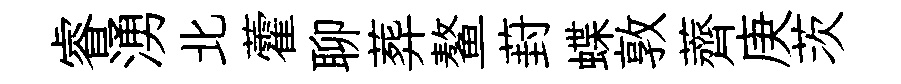
睿湧北藿聊葬鳌葑蝶敦薺庚茨